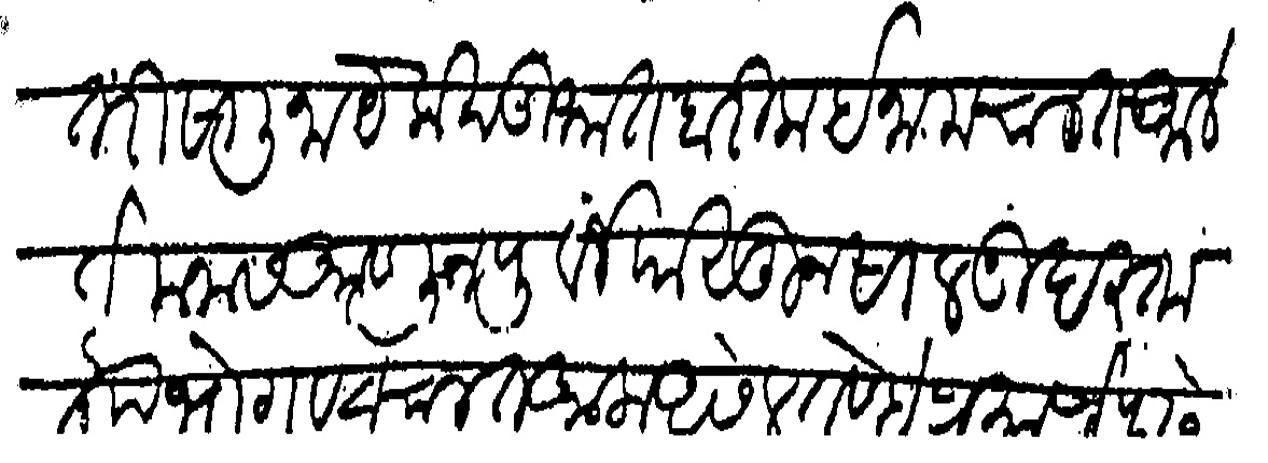
Transliteration (Devanagari): तरी सालीना येक खंडी भात बारीक ईनाम चालत आले ते मनास आणून पूर्वी पासून साल गुदस्ता ताा भोगवटा चालत आला असेल तेण्हे प्रमाणे पुढे